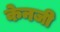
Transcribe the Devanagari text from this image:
केनजी